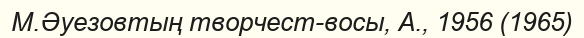
М.Әуезовтың творчест-восы, А., 1956 (1965)